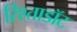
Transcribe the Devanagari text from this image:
रिश्ताडॉट